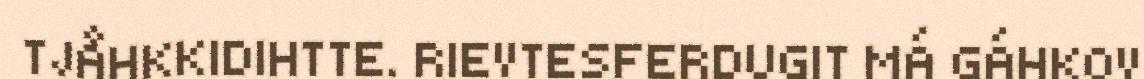
TJÅHKKIDIHTTE. RIEVTESFERDUGIT MÁ GÁHKOV